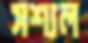
সশ্যল